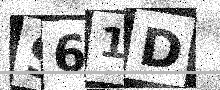
Text: S61D